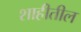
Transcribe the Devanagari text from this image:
शाहीतील